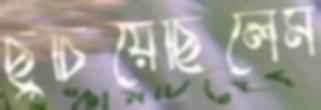
ছুঁচিয়েছিলেম